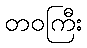
တဝကြီး